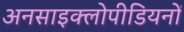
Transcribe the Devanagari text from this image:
अनसाइक्लोपीडियनों